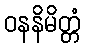
ဝနနိမိတ္တံ